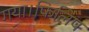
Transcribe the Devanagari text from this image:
गया।फिलिप